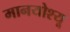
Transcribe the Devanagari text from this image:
मानयोश्यू